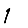
Digit: 1